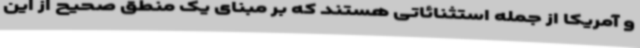
و آمریکا از جمله استثنائاتی هستند که بر مبنای یک منطق صحیح از این